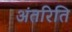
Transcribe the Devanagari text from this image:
अंतरिति